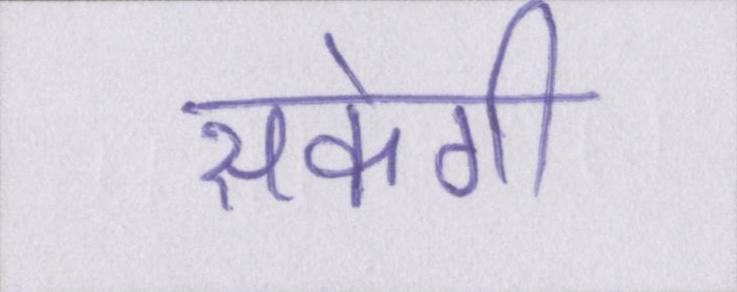
सकेगी